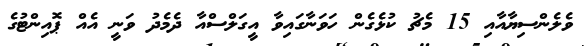
ވެލެންސިޔާއާއި 15 މެޗު ކުޅެގެން ހަވަނާގައިވާ އީގަލްސްއާ ދެމެދު ވަނީ އެއް ޕޮއިންޓުގެ